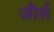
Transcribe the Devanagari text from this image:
जीर्स